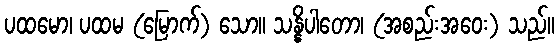
ပထမော၊ ပထမ (မြောက်) သော။ သန္နိပါတော၊ (အစည်းအဝေး) သည်။